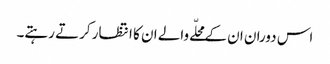
اس دوران ان کے محلّے والے ان کا انتظار کرتے رہتے۔